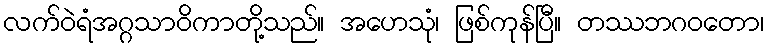
လက်ဝဲရံအဂ္ဂသာဝိကာတို့သည်။ အဟေသုံ၊ ဖြစ်ကုန်ပြီ။ တဿဘဂဝတော၊